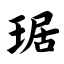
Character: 琚